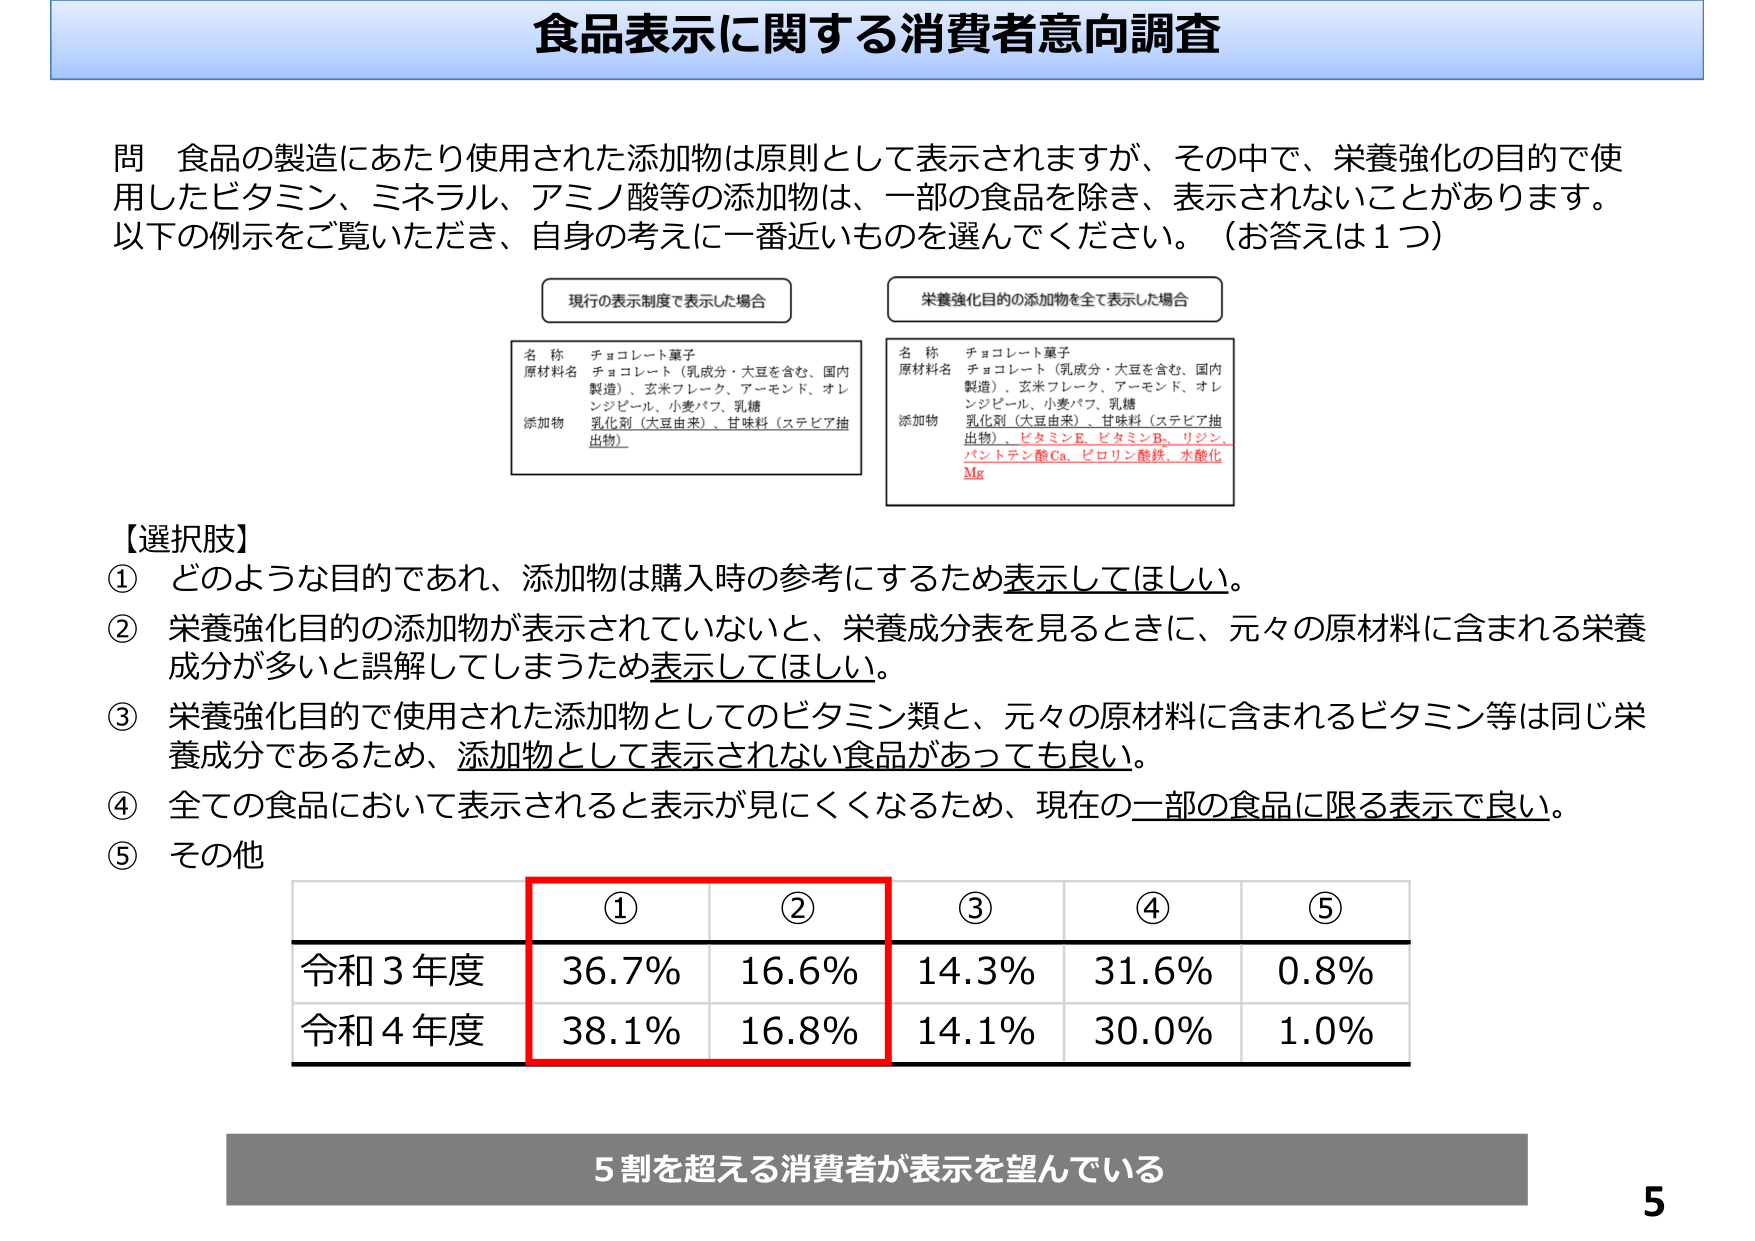
食品表示に関する消費者意向調査

問 食品の製造にあたり使用された添加物は原則として表示されますが、その中で、栄養強化の目的で使用したビタミン、ミネラル、アミノ酸等の添加物は、一部の食品を除き、表示されないことがあります。以下の例示をご覧いただき、自身の考えに一番近いものを選んでください。（お答えは1つ）

現行の表示制度で表示した場合
名 称 チョコレート菓子
原材料名 チョコレート（乳成分・大豆を含む、国内製造）、玄米フレーク、アーモンド、オレンジピール、小麦パフ、乳糖
添加物 乳化剤（大豆由来）、甘味料（ステビア抽出物）

栄養強化目的の添加物を全て表示した場合
名 称 チョコレート菓子
原材料名 チョコレート（乳成分・大豆を含む、国内製造）、玄米フレーク、アーモンド、オレンジピール、小麦パフ、乳糖
添加物 乳化剤（大豆由来）、甘味料（ステビア抽出物）、ビタミンE、ビタミンB₂、リジン、パントテン酸Ca、ピロリン酸鉄、水酸化Mg

【選択肢】
① どのような目的であれ、添加物は購入時の参考にするため表示してほしい。
② 栄養強化目的の添加物が表示されていないと、栄養成分表を見るときに、元々の原材料に含まれる栄養成分が多いと誤解してしまうため表示してほしい。
③ 栄養強化目的で使用された添加物としてのビタミン類と、元々の原材料に含まれるビタミン等は同じ栄養成分であるため、添加物として表示されない食品があっても良い。
④ 全ての食品において表示されると表示が見にくくなるため、現在の一部の食品に限る表示で良い。
⑤ その他

① ② ③ ④ ⑤
令和3年度 36.7% 16.6% 14.3% 31.6% 0.8%
令和4年度 38.1% 16.8% 14.1% 30.0% 1.0%

5割を超える消費者が表示を望んでいる

5